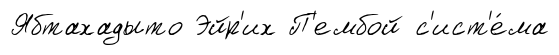
Ябтахадыто Эйр'их П'ембой с'ист'е́ма